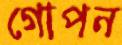
গোপন